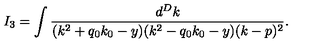
I _ { 3 } = \int \frac { d ^ { D } k } { ( k ^ { 2 } + q _ { 0 } k _ { 0 } - y ) ( k ^ { 2 } - q _ { 0 } k _ { 0 } - y ) ( k - p ) ^ { 2 } } .